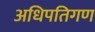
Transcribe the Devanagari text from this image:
अधिपतिगण